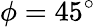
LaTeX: \phi=45^{\circ}